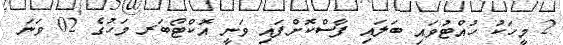
2 މީހަކު ހުއްޓުވައި ބަލައި ފާސްކޮށްފައި ވަނީ އޮކްޓޯބަރ މަހުގެ 02 ވަނަ